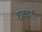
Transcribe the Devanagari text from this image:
शक्वरी